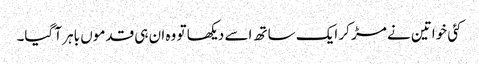
کئی خواتین نے مڑ کر ایک ساتھ اسے دیکھا تو وہ ان ہی قدموں باہر آ گیا۔